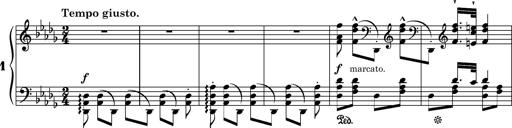
Title: Ungarische Nationalmelodien, S.243
Composer: Franz Liszt